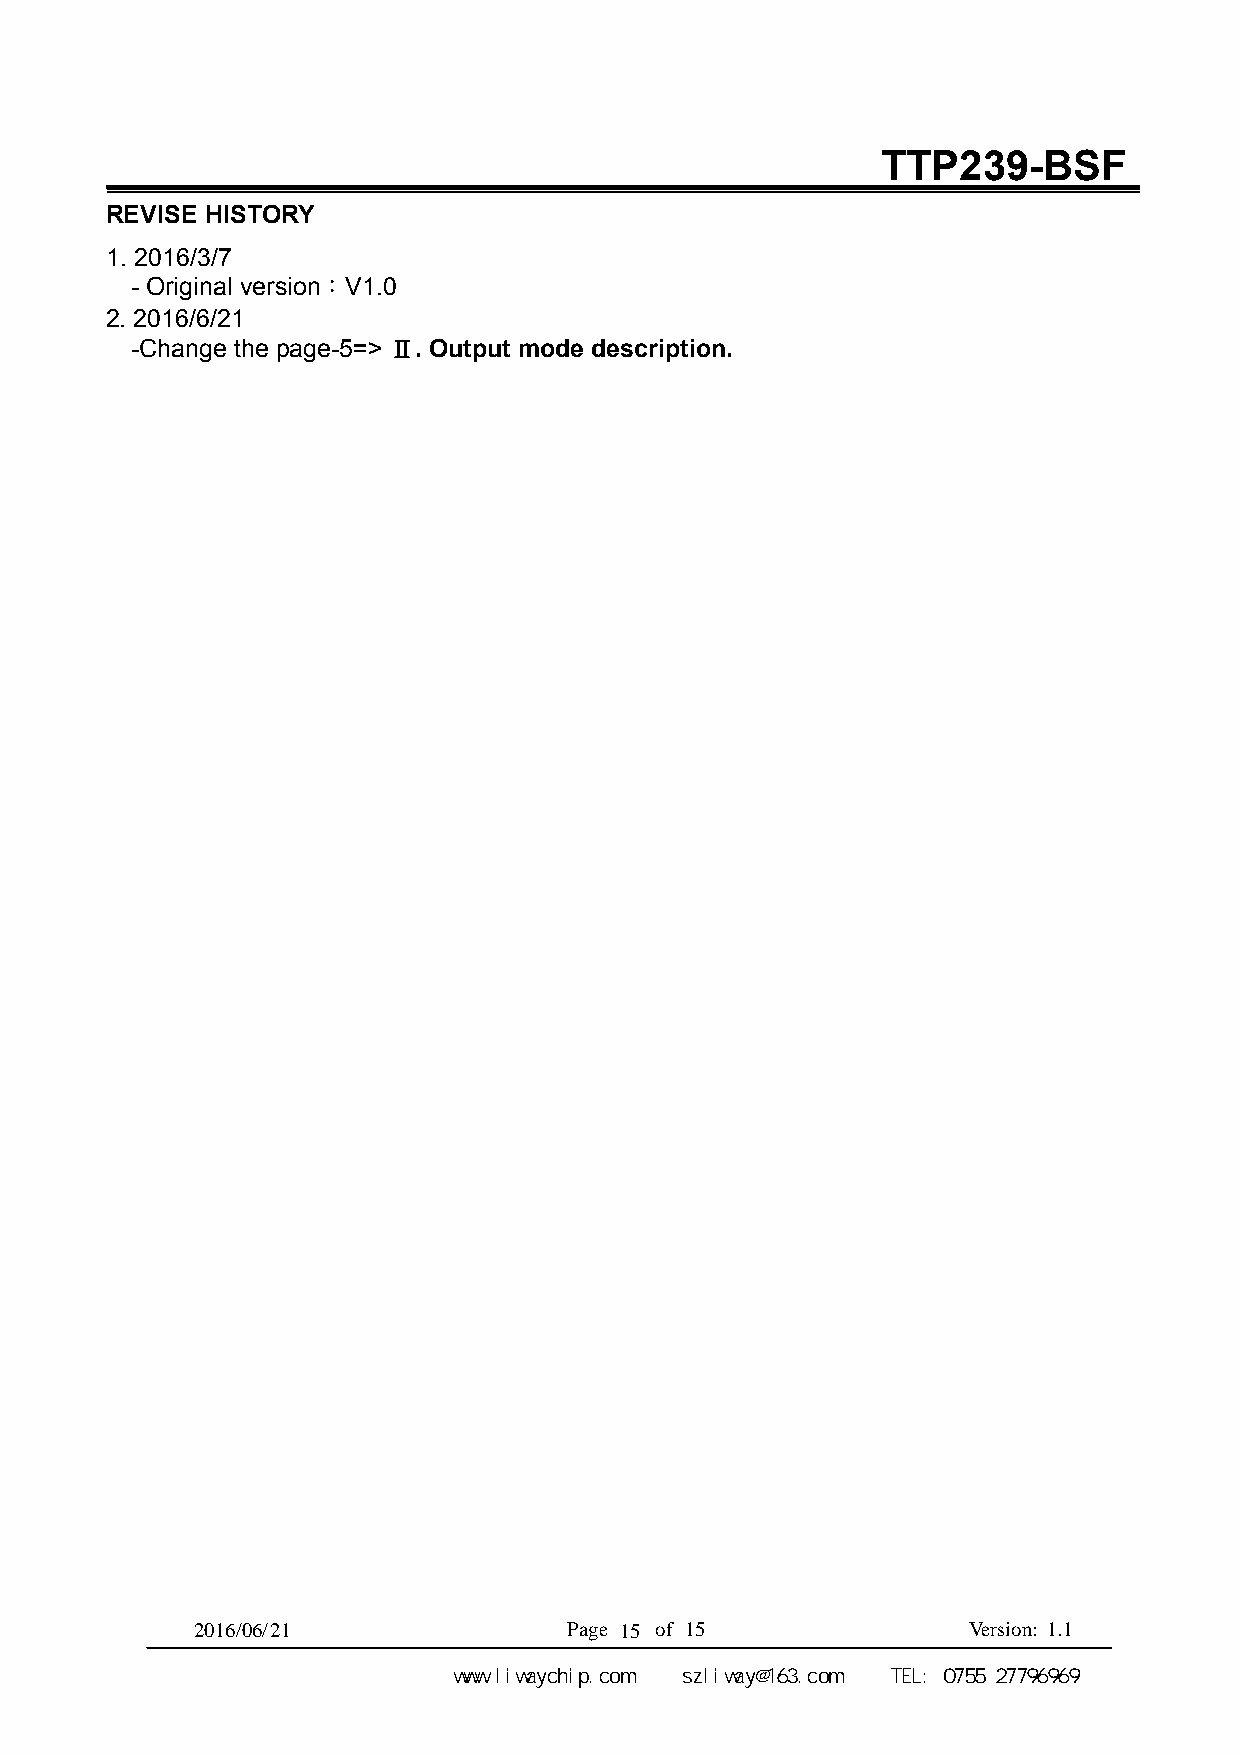
TTP239-BSF
 REVISE HISTORY
 1. 2016/3/7
 - Original version：V1.0
 2. 2016/6/21
 -Change the page-5=> Ⅱ. Output mode description.
 2016/0 6 /2 1            P a g e 15 of 15          V er sion: 1 .1
 深圳市力威微科技有限公司     www.liwaychip.com szliway@163.com TEL: 0755 27796969